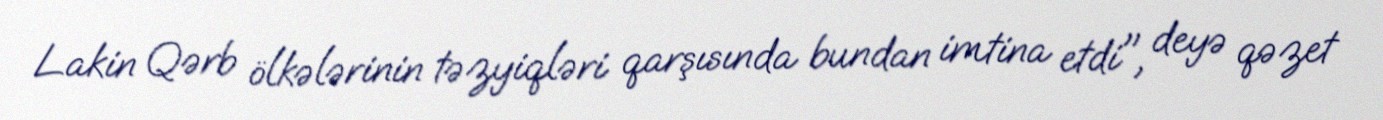
Lakin Qərb ölkələrinin təzyiqləri qarşısında bundan imtina etdi", deyə qəzet